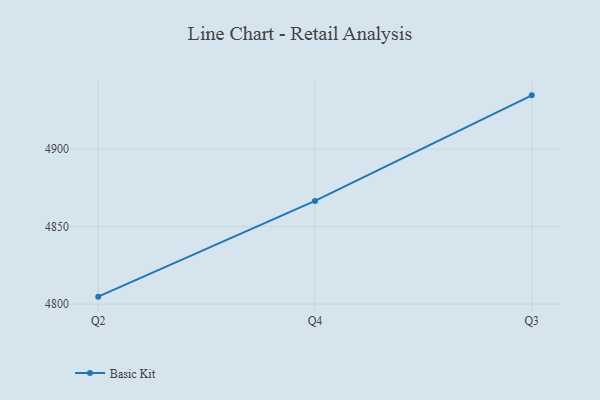
{"axis": {"x": "Quarter", "y": "Waste Production (Tons)"}, "legend": ["Basic Kit"], "data": [{"x": "Q2", "y": 4804.8, "type": "Basic Kit"}, {"x": "Q4", "y": 4866.5, "type": "Basic Kit"}, {"x": "Q3", "y": 4934.6, "type": "Basic Kit"}]}